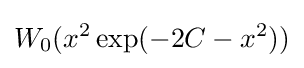
W_{0}(x^{2}\exp(-2C-x^{2}))